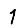
Digit: 1